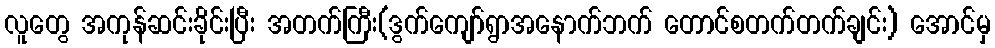
လူတွေ အကုန်ဆင်းခိုင်းပြီး အတက်ကြီး(ဒွက်ကျော်ရွာအနောက်ဘက် တောင်စတက်တက်ချင်း) အောင်မှ